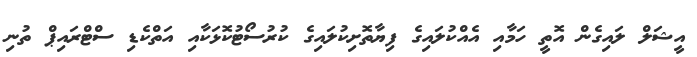
އީޝަލް ލައިގެން އޮތީ ހަމާއި އެއްކުލައިގެ ފިޔާތޮށިކުލައިގެ ކުރުސޯޓުކޮޅަކާއި އަތްކެޑި ސްޓްރައިޕް ތުނި